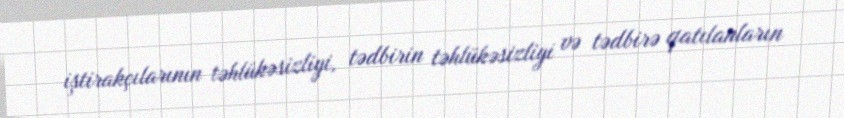
iştirakçılarının təhlükəsizliyi, tədbirin təhlükəsizliyi və tədbirə qatılanların